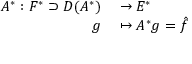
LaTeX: \begin{array} { r l } { A ^ { * } : F ^ { * } \supset D ( A ^ { * } ) } & { { } \to E ^ { * } } \\ { g } & { { } \mapsto A ^ { * } g = { \hat { f } } } \end{array}